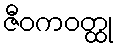
ဇီဝကဝတ္ထု